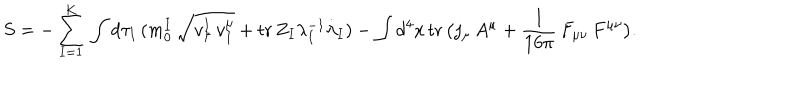
LaTeX: S = - \sum _ { I = 1 } ^ { K } \, \int d \tau _ { I } \, ( m _ { 0 } ^ { I } \, \sqrt { v _ { \mu } ^ { I } \, v _ { I } ^ { \mu } } + \mathrm { t r } \, Z _ { I } \lambda _ { I } ^ { - 1 } { \dot { \lambda } } _ { I } ) - \int d ^ { 4 } x \, \mathrm { t r } \, \bigl ( j _ { \mu } \, A ^ { \mu } + { \frac { 1 } { 1 6 \pi } } \, F _ { \mu \nu } \, F ^ { \mu \nu } \bigr ) .